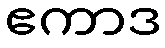
ဧကာဒ